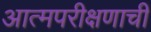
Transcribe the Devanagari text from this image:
आत्मपरीक्षणाची